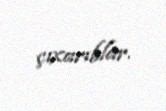
çıxarıblar.